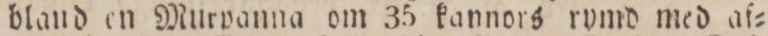
bland en Murpanna om 35 kannors rymd med af=